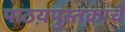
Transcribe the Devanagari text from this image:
पाठय़पुस्तकांचे